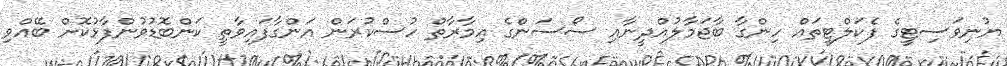
ޔުނިވަސިޓީގެ ފެކަލްޓީތައް ހިންގާ ބާޖަމާލުއްދީނާއި ސޯސަންގެ އިމާރާތް ހުސްކުރަން އަންގާފައިވާތީ ކަންބޮޑުވުންފާޅުކޮށް ބޭއްވި